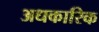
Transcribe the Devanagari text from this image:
अधकारिक